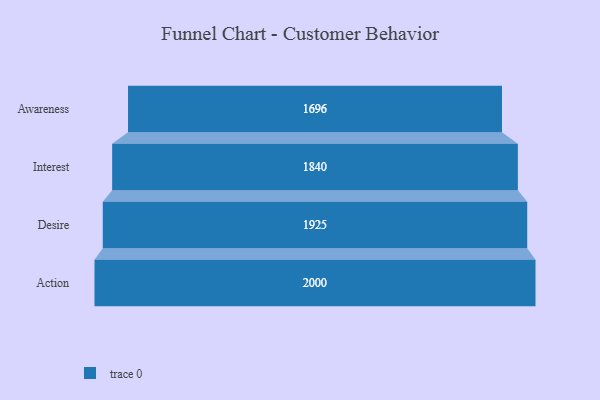
{"axis": {"x": "Stage", "y": "Value"}, "legend": [""], "data": [{"x": "Awareness", "y": 1696.0, "type": ""}, {"x": "Interest", "y": 1840.0, "type": ""}, {"x": "Desire", "y": 1925.0, "type": ""}, {"x": "Action", "y": 2000, "type": ""}]}